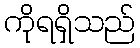
ကိုရရှိသည်